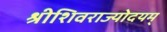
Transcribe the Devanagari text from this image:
श्रीशिवराज्योदयम्